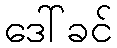
ဒေါ်ခင်